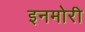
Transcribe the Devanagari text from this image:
इनमोरी